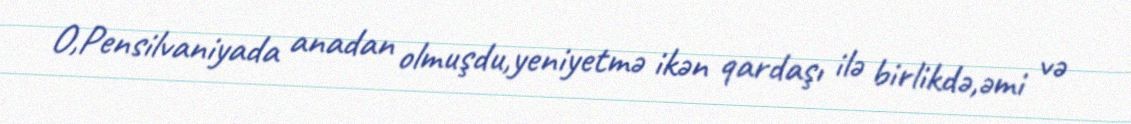
O,Pensilvaniyada anadan olmuşdu,yeniyetmə ikən qardaşı ilə birlikdə,əmi və